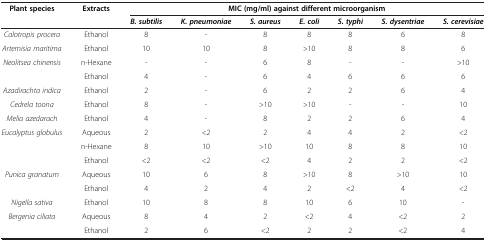
<table><thead><tr><td><b>Plant species</b></td><td><b>Extracts</b></td><td colspan="7"><b>MIC (mg/ml) against different microorganism</b></td></tr><tr><td><b> </b></td><td><b> </b></td><td><b><i>B. subtilis</i></b></td><td><b><i>K. pneumoniae</i></b></td><td><b><i>S. aureus</i></b></td><td><b><i>E. coli</i></b></td><td><b><i>S. typhi</i></b></td><td><b><i>S. dysentriae</i></b></td><td><b><i>S. cerevisiae</i></b></td></tr></thead><tbody><tr><td><i>Calotropis procera</i></td><td>Ethanol</td><td>8</td><td>-</td><td>8</td><td>8</td><td>8</td><td>6</td><td>8</td></tr><tr><td><i>Artemisia maritima</i></td><td>Ethanol</td><td>10</td><td>10</td><td>8</td><td>&gt;10</td><td>8</td><td>8</td><td>6</td></tr><tr><td><i>Neolitsea chinensis</i></td><td>n-Hexane</td><td>-</td><td>-</td><td>6</td><td>8</td><td>-</td><td>-</td><td>&gt;10</td></tr><tr><td> </td><td>Ethanol</td><td>4</td><td>-</td><td>6</td><td>4</td><td>6</td><td>6</td><td>6</td></tr><tr><td><i>Azadirachta indica</i></td><td>Ethanol</td><td>2</td><td>-</td><td>6</td><td>2</td><td>2</td><td>6</td><td>4</td></tr><tr><td><i>Cedrela toona</i></td><td>Ethanol</td><td>8</td><td>-</td><td>&gt;10</td><td>&gt;10</td><td>-</td><td>-</td><td>10</td></tr><tr><td><i>Melia azedarach</i></td><td>Ethanol</td><td>4</td><td>-</td><td>8</td><td>2</td><td>2</td><td>6</td><td>4</td></tr><tr><td><i>Eucalyptus globulus</i></td><td>Aqueous</td><td>2</td><td>&lt;2</td><td>2</td><td>4</td><td>4</td><td>2</td><td>&lt;2</td></tr><tr><td> </td><td>n-Hexane</td><td>8</td><td>10</td><td>&gt;10</td><td>10</td><td>8</td><td>8</td><td>10</td></tr><tr><td> </td><td>Ethanol</td><td>&lt;2</td><td>&lt;2</td><td>&lt;2</td><td>4</td><td>2</td><td>2</td><td>&lt;2</td></tr><tr><td><i>Punica granatum</i></td><td>Aqueous</td><td>10</td><td>6</td><td>8</td><td>&gt;10</td><td>8</td><td>&gt;10</td><td>10</td></tr><tr><td> </td><td>Ethanol</td><td>4</td><td>2</td><td>4</td><td>2</td><td>&lt;2</td><td>4</td><td>&lt;2</td></tr><tr><td><i>Nigella sativa</i></td><td>Ethanol</td><td>10</td><td>8</td><td>8</td><td>10</td><td>6</td><td>10</td><td>-</td></tr><tr><td><i>Bergenia ciliata</i></td><td>Aqueous</td><td>8</td><td>4</td><td>2</td><td>&lt;2</td><td>4</td><td>&lt;2</td><td>2</td></tr><tr><td> </td><td>Ethanol</td><td>2</td><td>6</td><td>&lt;2</td><td>2</td><td>2</td><td>&lt;2</td><td>4</td></tr></tbody></table>